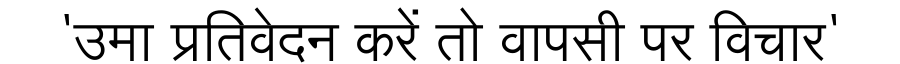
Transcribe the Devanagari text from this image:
'उमा प्रतिवेदन करें तो वापसी पर विचार'